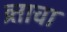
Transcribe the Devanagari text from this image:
व्र्ताचा